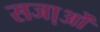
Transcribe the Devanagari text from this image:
सजा़ओं